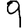
Digit: 9